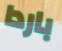
باردا